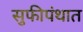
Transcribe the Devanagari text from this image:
सुफीपंथात